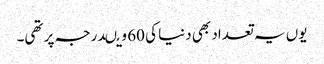
یوں یہ تعداد بھی دنیا کی 60 ویںدرجہ پر تھی۔